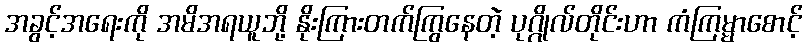
အခွင့်အရေးကို အမိအရယူဘို့ နိုးကြားတက်ကြွနေတဲ့ ပုဂ္ဂိုလ်တိုင်းဟာ ကံကြမ္မာစောင့်